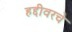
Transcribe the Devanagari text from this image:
हद्दीवरचे